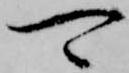
可